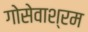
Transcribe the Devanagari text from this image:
गोसेवाश्रम